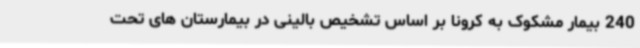
240 بیمار مشکوک به کرونا بر اساس تشخیص بالینی در بیمارستان های تحت